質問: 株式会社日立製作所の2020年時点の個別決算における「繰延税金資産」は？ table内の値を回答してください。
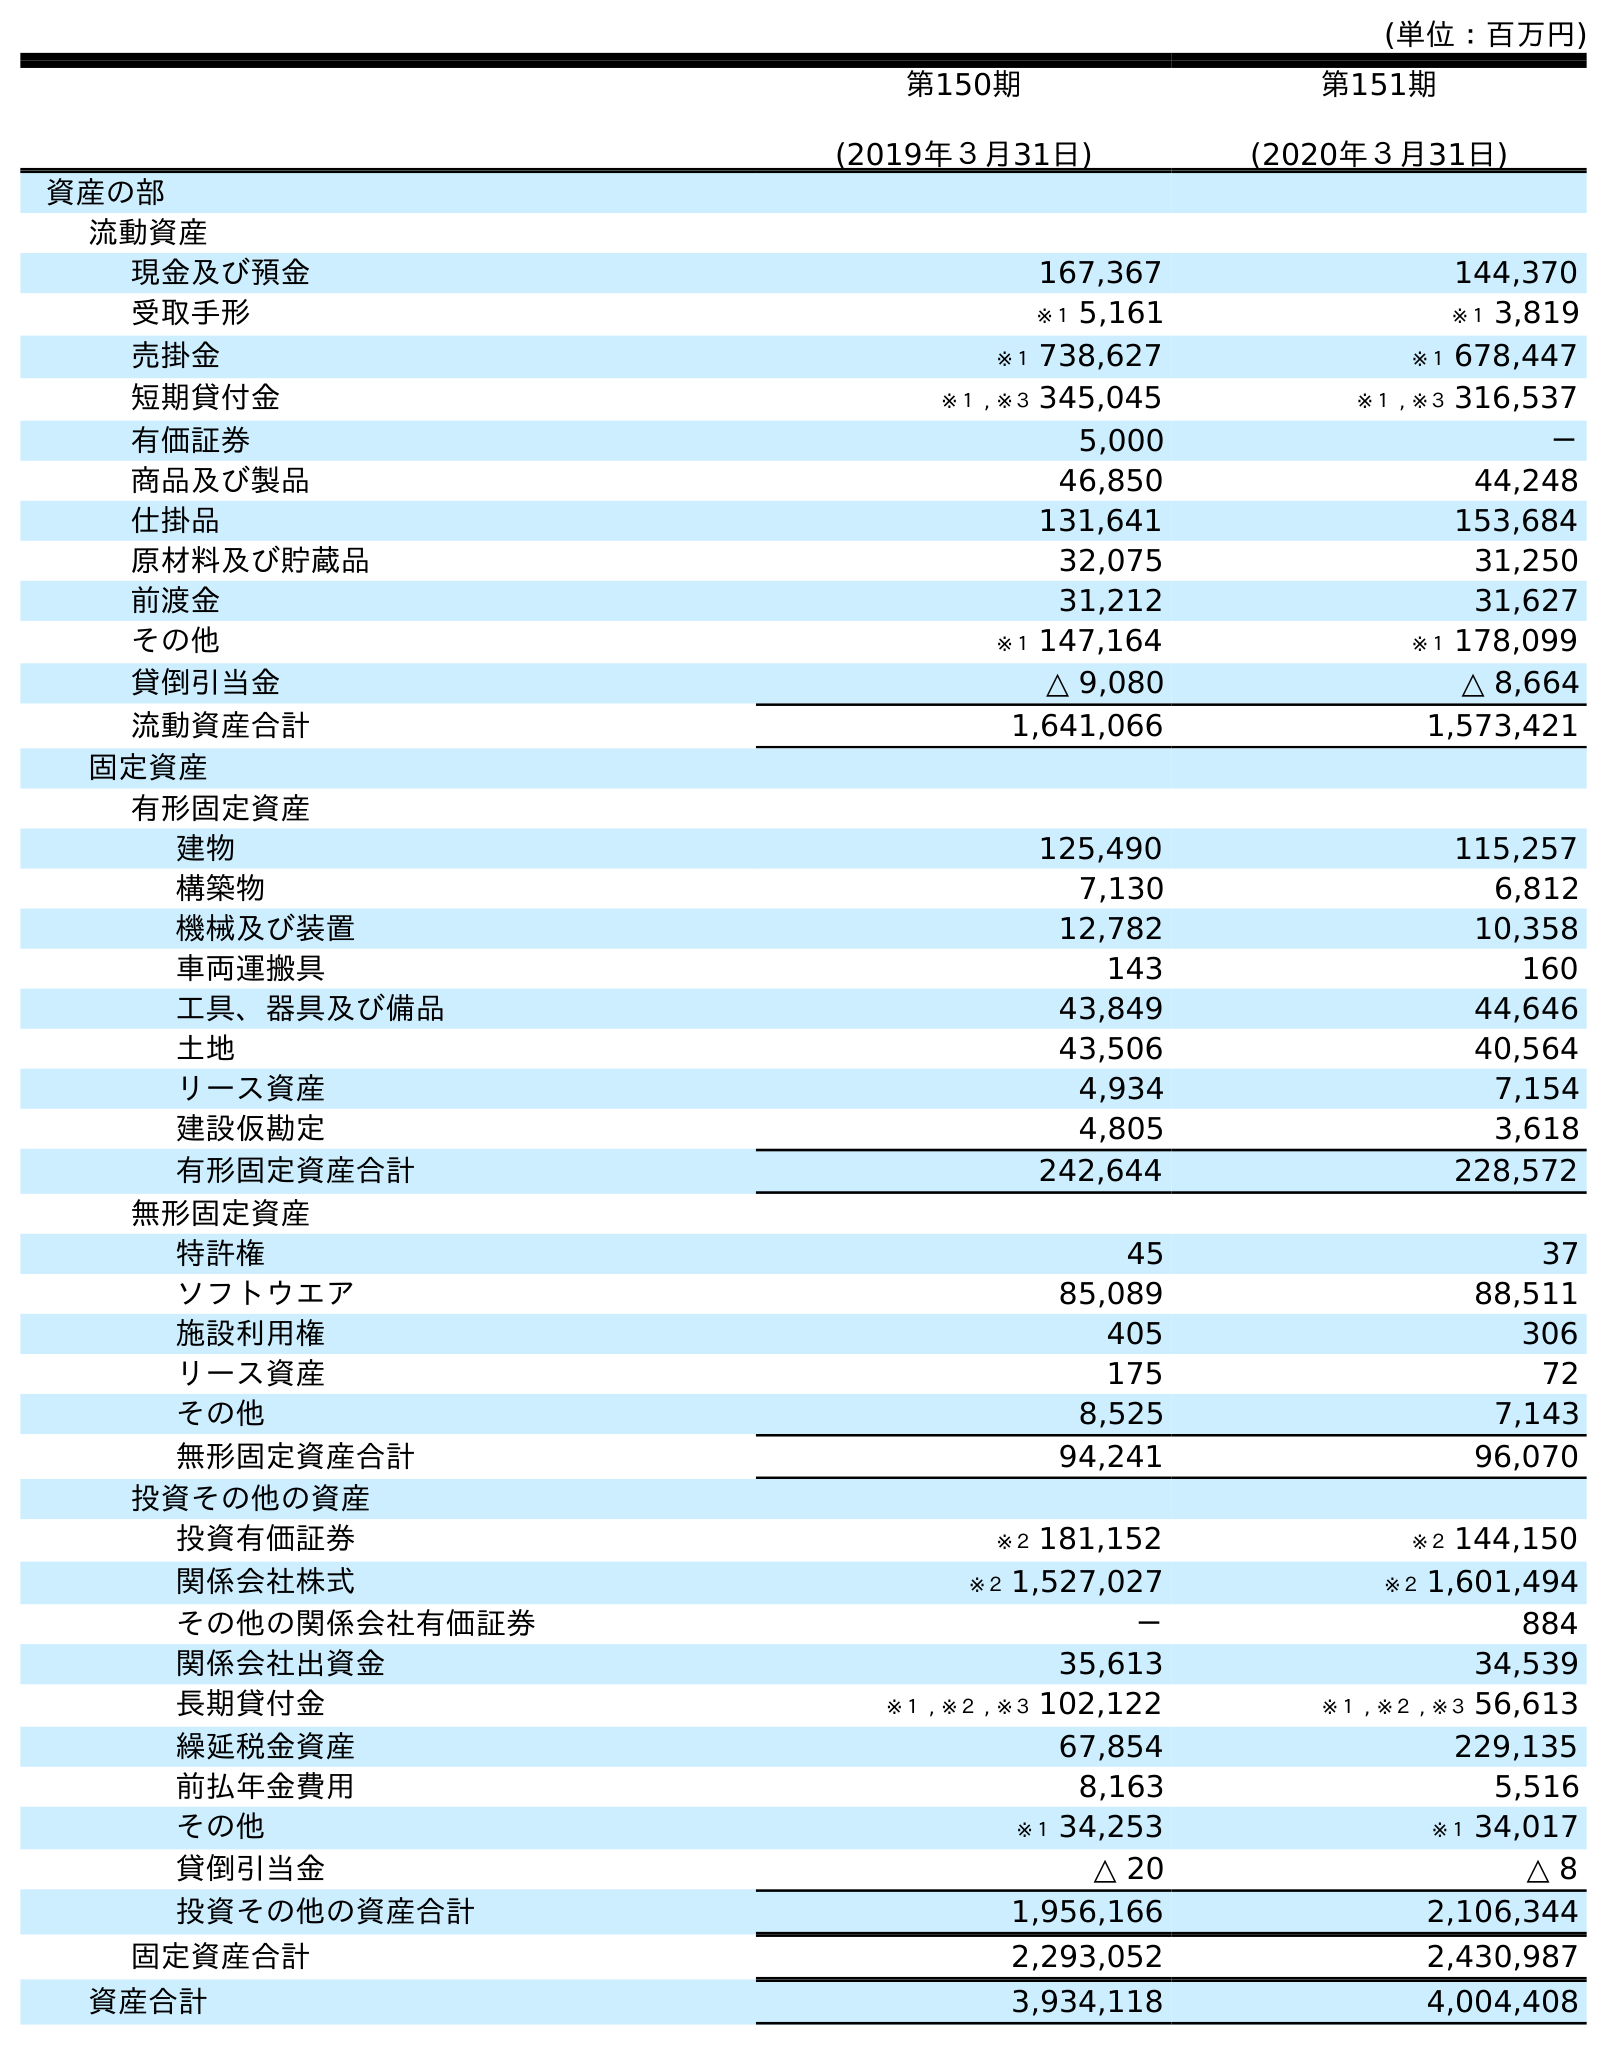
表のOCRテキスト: (単位：百万円) 第150期 (2019年３月31日) 第151期 (2020年３月31日) 資産の部 流動資産 現金及び預金 167,367 144,370 受取手形 ※１ 5,161 ※１ 3,819 売掛金 ※１ 738,627 ※１ 678,447 短期貸付金 ※１ , ※３ 345,045 ※１ , ※３ 316,537 有価証券 5,000 － 商品及び製品 46,850 44,248 仕掛品 131,641 153,684 原材料及び貯蔵品 32,075 31,250 前渡金 31,212 31,627 その他 ※１ 147,164 ※１ 178,099 貸倒引当金 △ 9,080 △ 8,664 流動資産合計 1,641,066 1,573,421 固定資産 有形固定資産 建物 125,490 115,257 構築物 7,130 6,812 機械及び装置 12,782 10,358 車両運搬具 143 160 工具、器具及び備品 43,849 44,646 土地 43,506 40,564 リース資産 4,934 7,154 建設仮勘定 4,805 3,618 有形固定資産合計 242,644 228,572 無形固定資産 特許権 45 37 ソフトウエア 85,089 88,511 施設利用権 405 306 リース資産 175 72 その他 8,525 7,143 無形固定資産合計 94,241 96,070 投資その他の資産 投資有価証券 ※２ 181,152 ※２ 144,150 関係会社株式 ※２ 1,527,027 ※２ 1,601,494 その他の関係会社有価証券 － 884 関係会社出資金 35,613 34,539 長期貸付金 ※１ , ※２ , ※３ 102,122 ※１ , ※２ , ※３ 56,613 繰延税金資産 67,854 229,135 前払年金費用 8,163 5,516 その他 ※１ 34,253 ※１ 34,017 貸倒引当金 △ 20 △ 8 投資その他の資産合計 1,956,166 2,106,344 固定資産合計 2,293,052 2,430,987 資産合計 3,934,118 4,004,408
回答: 229,135